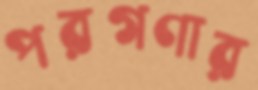
পরগণার